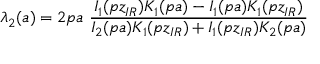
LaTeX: \lambda _ { 2 } ( a ) = 2 p a ~ \frac { I _ { 1 } ( p z _ { I R } ) K _ { 1 } ( p a ) - I _ { 1 } ( p a ) K _ { 1 } ( p z _ { I R } ) } { I _ { 2 } ( p a ) K _ { 1 } ( p z _ { I R } ) + I _ { 1 } ( p z _ { I R } ) K _ { 2 } ( p a ) }